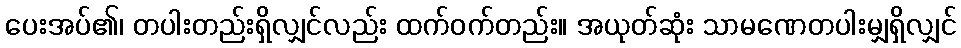
ပေးအပ်၏၊ တပါးတည်းရှိလျှင်လည်း ထက်ဝက်တည်း။ အယုတ်ဆုံး သာမဏေတပါးမျှရှိလျှင်